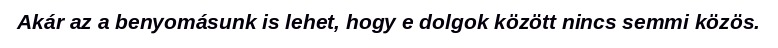
Akár az a benyomásunk is lehet, hogy e dolgok között nincs semmi közös.